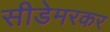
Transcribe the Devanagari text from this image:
सीडेमरकर